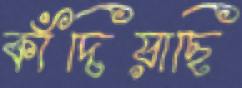
কাঁদিয়াছি